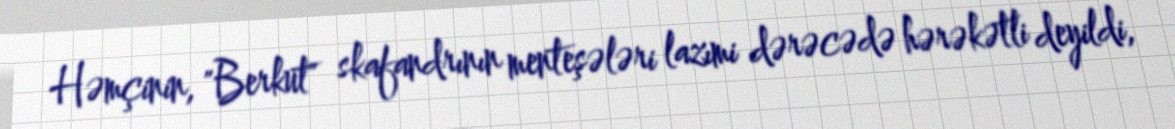
Həmçinin, "Berkut" skafandrının menteşələri lazımi dərəcədə hərəkətli deyildi,